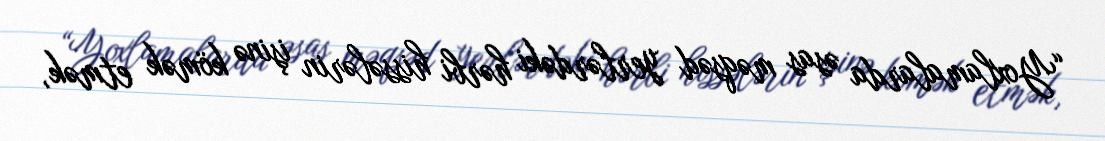
“Yoxlamalarda əsas məqsəd yerlərdəki hərbi hissələrin işinə kömək etmək,